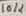
Text: 10K